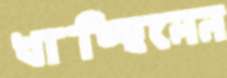
খাচ্ছিলেন